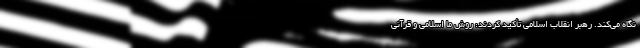
نگاه می‌کند. رهبر انقلاب اسلامی تأکید کردند: روش ما اسلامی و قرآنی